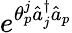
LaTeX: e^{\theta_{p}^{j}\hat{a}_{j}^{\dagger}\hat{a}_{p}}